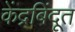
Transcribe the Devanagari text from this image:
केंद्रबिंदूत